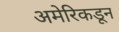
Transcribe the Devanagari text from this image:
अमेरिकडून